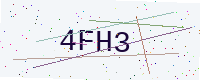
Text: 4FH3